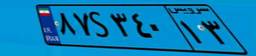
۱۱S۲۵۳۱۴